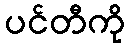
ပင်တီကို